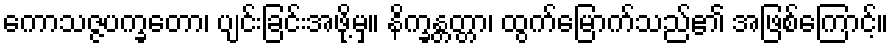
ကောသဇ္ဇပက္ခတော၊ ပျင်းခြင်းအဖို့မှ။ နိက္ခန္တတ္တာ၊ ထွက်မြောက်သည်၏ အဖြစ်ကြောင့်။